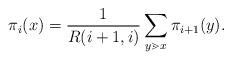
LaTeX: \begin{align*}\pi_i(x) = \frac{1}{R(i+1,i)}\sum\limits_{y \gtrdot x}\pi_{i+1}(y).\end{align*}